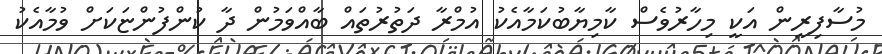
މުސާފިރީން އަކީ މިހާރުވެސް ކާމިޔާބުކަމާއެކު އުމްރާ ދަތުރުތައް ބާއްވަމުން ދާ ކުންފުންޏަކަށް ވުމާއެކު